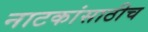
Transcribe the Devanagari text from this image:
नाटकांसाठीच